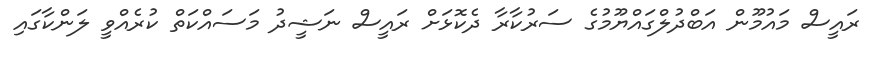
ރައީސް މައުމޫން އަބްދުލްގައްޔޫމުގެ ސަރުކާރާ ދެކޮޅަށް ރައީސް ނަޝީދު މަސައްކަތް ކުރެއްވީ ލަންކާގައި